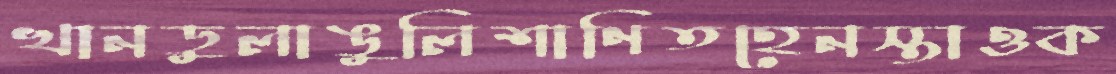
খানডুলাঙুলিশাণিতহেনস্তাওক